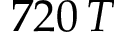
7 2 0 \, T